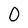
Character: 0